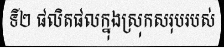
ទី២ ផលិតផលក្នុងស្រុកសរុបរបស់